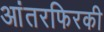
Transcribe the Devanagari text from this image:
आंतरफिरकी